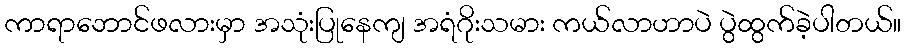
ကာရာဘောင်ဖလားမှာ အသုံးပြုနေကျ အရံဂိုးသမား ကယ်လာဟာပဲ ပွဲထွက်ခဲ့ပါတယ်။